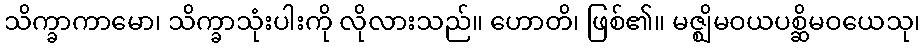
သိက္ခာကာမော၊ သိက္ခာသုံးပါးကို လိုလားသည်။ ဟောတိ၊ ဖြစ်၏။ မဇ္ဈိမဝယပစ္ဆိမဝယေသု၊